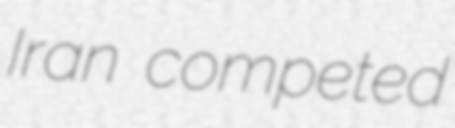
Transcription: Iran competed